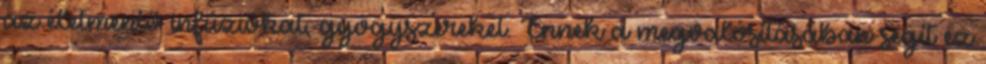
az életmentő infúziókat, gyógyszereket. Ennek a megvalósításában segít ez